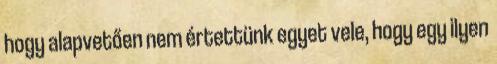
hogy alapvetően nem értettünk egyet vele, hogy egy ilyen